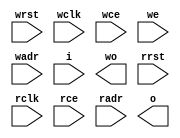
module syncRam2kx8_1rw1r(
	input wrst,
	input wclk,
	input wce,
	input we,
	input [10:0] wadr,
	input [7:0] i,
	output [7:0] wo,
	input rrst,
	input rclk,
	input rce,
	input [10:0] radr,
	output [7:0] o
);

`ifdef SYNTHESIS
`ifdef VENDOR_XILINX

`ifdef SPARTAN3
	RAMB16_S9_S9 ram0(
		.CLKA(wclk), .ADDRA(wadr), .DIA(i), .DIPA(^i), .DOA(wo), .ENA(wce), .WEA(we), .SSRA(wrst),
		.CLKB(rclk), .ADDRB(radr), .DIB(8'hFF), .DIPB(1'b1), .DOB(o), .ENB(rce), .WEB(1'b0), .SSRB(rrst)  );
`endif

`ifdef SPARTAN2
	RAMB4_S2_S2 ram0(
		.CLKA(wclk), .ADDRA(wadr), .DIA(i[1:0]), .DOA(wo[1:0]), .ENA(wce), .WEA(we), .RSTA(wrst),
		.CLKB(rclk), .ADDRB(radr), .DIB(2'b11), .DOB(o[1:0]), .ENB(rce), .WEB(1'b0), .RSTB(rrst)  );
	RAMB4_S2_S2 ram1(
		.CLKA(wclk), .ADDRA(wadr), .DIA(i[3:2]), .DOA(wo[3:2]), .ENA(wce), .WEA(we), .RSTA(wrst),
		.CLKB(rclk), .ADDRB(radr), .DIB(2'b11), .DOB(o[3:2]), .ENB(rce), .WEB(1'b0), .RSTB(rrst)  );
	RAMB4_S2_S2 ram2(
		.CLKA(wclk), .ADDRA(wadr), .DIA(i[5:4]), .DOA(wo[5:4]), .ENA(wce), .WEA(we), .RSTA(wrst),
		.CLKB(rclk), .ADDRB(radr), .DIB(2'b11), .DOB(o[5:4]), .ENB(rce), .WEB(1'b0), .RSTB(rrst)  );
	RAMB4_S2_S2 ram3(
		.CLKA(wclk), .ADDRA(wadr), .DIA(i[7:6]), .DOA(wo[5:4]), .ENA(wce), .WEA(we), .RSTA(wrst),
		.CLKB(rclk), .ADDRB(radr), .DIB(2'b11), .DOB(o[5:4]), .ENB(rce), .WEB(1'b0), .RSTB(rrst)  );
`endif

`endif

`ifdef VENDOR_ALTERA
`endif

`else

	reg [7:0] mem [2047:0];
	reg [10:0] rradr;
	reg [10:0] rwadr;

	// register read addresses
	always @(posedge rclk)
		if (rce) rradr <= radr;

	assign o = mem[rradr];

	// write side
	always @(posedge wclk)
		if (wce) rwadr <= wadr;

	always @(posedge wclk)
		if (wce) mem[wadr] <= i;

	assign wo = mem[rwadr];

`endif

endmodule